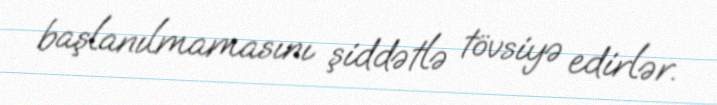
başlanılmamasını şiddətlə tövsiyə edirlər.